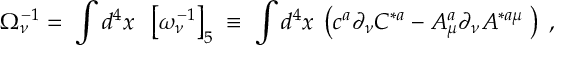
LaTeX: \Omega _ { \nu } ^ { - 1 } = \; \int d ^ { 4 } x \; \; \left[ \omega _ { \nu } ^ { - 1 } \right] _ { 5 } \; \equiv \; \int d ^ { 4 } x \; \left( c ^ { a } \partial _ { \nu } C ^ { * a } - A _ { \mu } ^ { a } \partial _ { \nu } A ^ { * a \mu } \; \right) \; ,